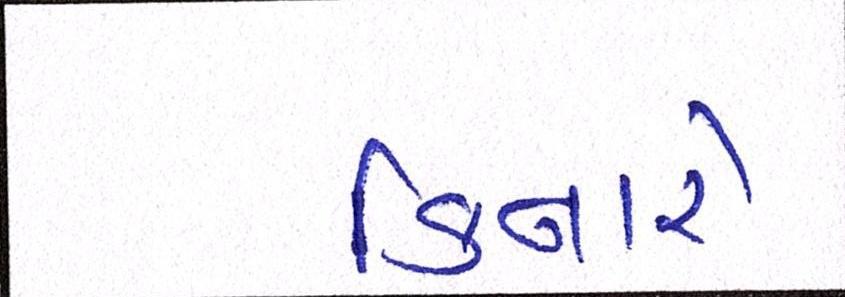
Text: કિનારે